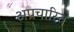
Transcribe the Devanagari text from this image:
अप्रचारित